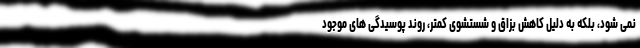
نمی شود، بلکه به دلیل کاهش بزاق و شستشوی کمتر، روند پوسیدگی های موجود